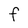
Character: f